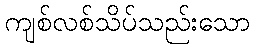
ကျစ်လစ်သိပ်သည်းသော